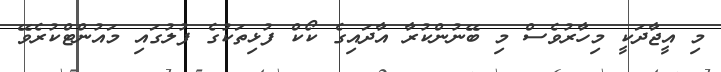
މި އީޖާދަކީ މިހާރުވެސް މި ބޭނުންކުރާ އާދައިގެ ކޯކް ފުޅިތަކުގެ ފުލުގައި މައުންޓްކުރެވޭ